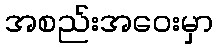
အစည်းအဝေးမှာ